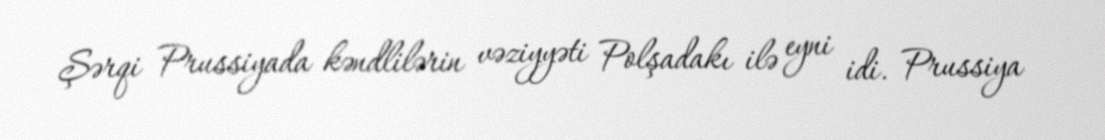
Şərqi Prussiyada kəndlilərin vəziyyəti Polşadakı ilə eyni idi. Prussiya